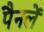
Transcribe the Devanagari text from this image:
पैनलें